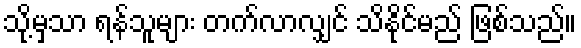
သို့မှသာ ရန်သူများ တက်လာလျှင် သိနိုင်မည် ဖြစ်သည်။